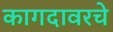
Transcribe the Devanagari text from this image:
कागदावरचे